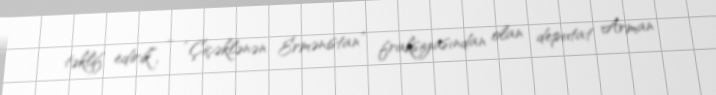
təklif edirik”, - “Çiçəklənən Ermənistan” fraksiyasından olan deputat Arman